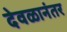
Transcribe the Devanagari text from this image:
देवळानंतर